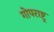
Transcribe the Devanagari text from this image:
गोपराष्ट्र